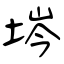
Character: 埁